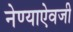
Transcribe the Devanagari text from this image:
नेण्याऐवजी